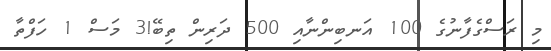
މި ރަސްގެފާނުގެ 100 އަނބިންނާއި 500 ދަރިން ތިބޭ!3 މަސް 1 ހަފްތާ